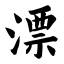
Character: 漂